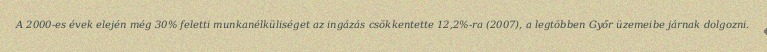
A 2000-es évek elején még 30% feletti munkanélküliséget az ingázás csökkentette 12,2%-ra (2007), a legtöbben Győr üzemeibe járnak dolgozni.